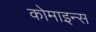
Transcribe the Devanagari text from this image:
कोमाइन्स